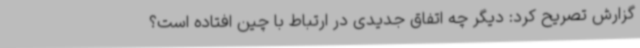
گزارش تصریح کرد: دیگر چه اتفاق جدیدی در ارتباط با چین افتاده است؟